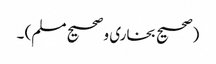
(صحیح بخاری و صحیح مسلم) ۔